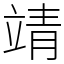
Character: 靖